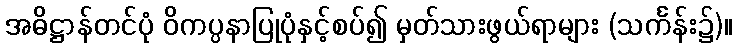
အဓိဋ္ဌာန်တင်ပုံ ဝိကပ္ပနာပြုပုံနှင့်စပ်၍ မှတ်သားဖွယ်ရာများ (သင်္ကန်း၌)။